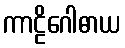
ကာဠိဂေါဓာယ